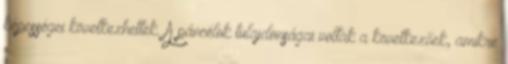
képességei következhettek. A páncélok tulajdonságai voltak a következőek, amikre